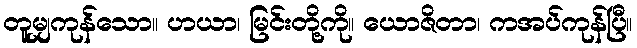
တူမျှကုန်သော။ ဟယာ၊ မြင်းတို့ကို။ ယောဇိတာ၊ ကအပ်ကုန်ပြီ။